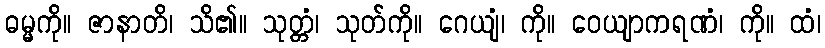
ဓမ္မကို။ ဇာနာတိ၊ သိ၏။ သုတ္တံ၊ သုတ်ကို။ ဂေယျံ၊ ကို။ ဝေယျာကရဏံ၊ ကို။ ထံ၊